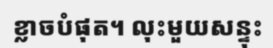
ខ្លាចបំផុត។ លុះមួយសន្ទុះ